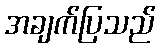
အချက်ပြသည်